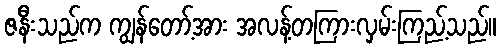
ဇနီးသည်က ကျွန်တော့်အား အလန့်တကြားလှမ်းကြည့်သည်။